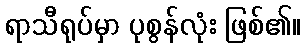
ရာသီရုပ်မှာ ပုစွန်လုံး ဖြစ်၏။